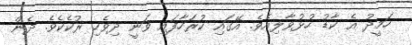
ހަމީދު އެ ކާޑު ހުޅުވާލިއެވެ. އޭގައި ކުރަހާފައި ވަނީ ދިވެހި ރުކެކެވެ. ދެން